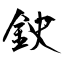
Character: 鉂